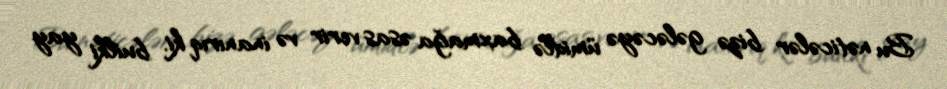
Bu nəticələr bizə gələcəyə ümidlə baxmağa əsas verir və inanırıq ki, builki yay